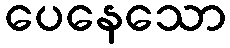
ပေနေသော